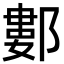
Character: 䣚